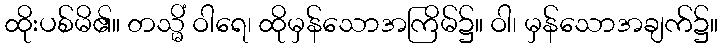
ထိုးပစ်မိ၏။ တသ္မိံ ဝါရေ၊ ထိုမှန်သောအကြိမ်၌။ ဝါ၊ မှန်သောအချက်၌။